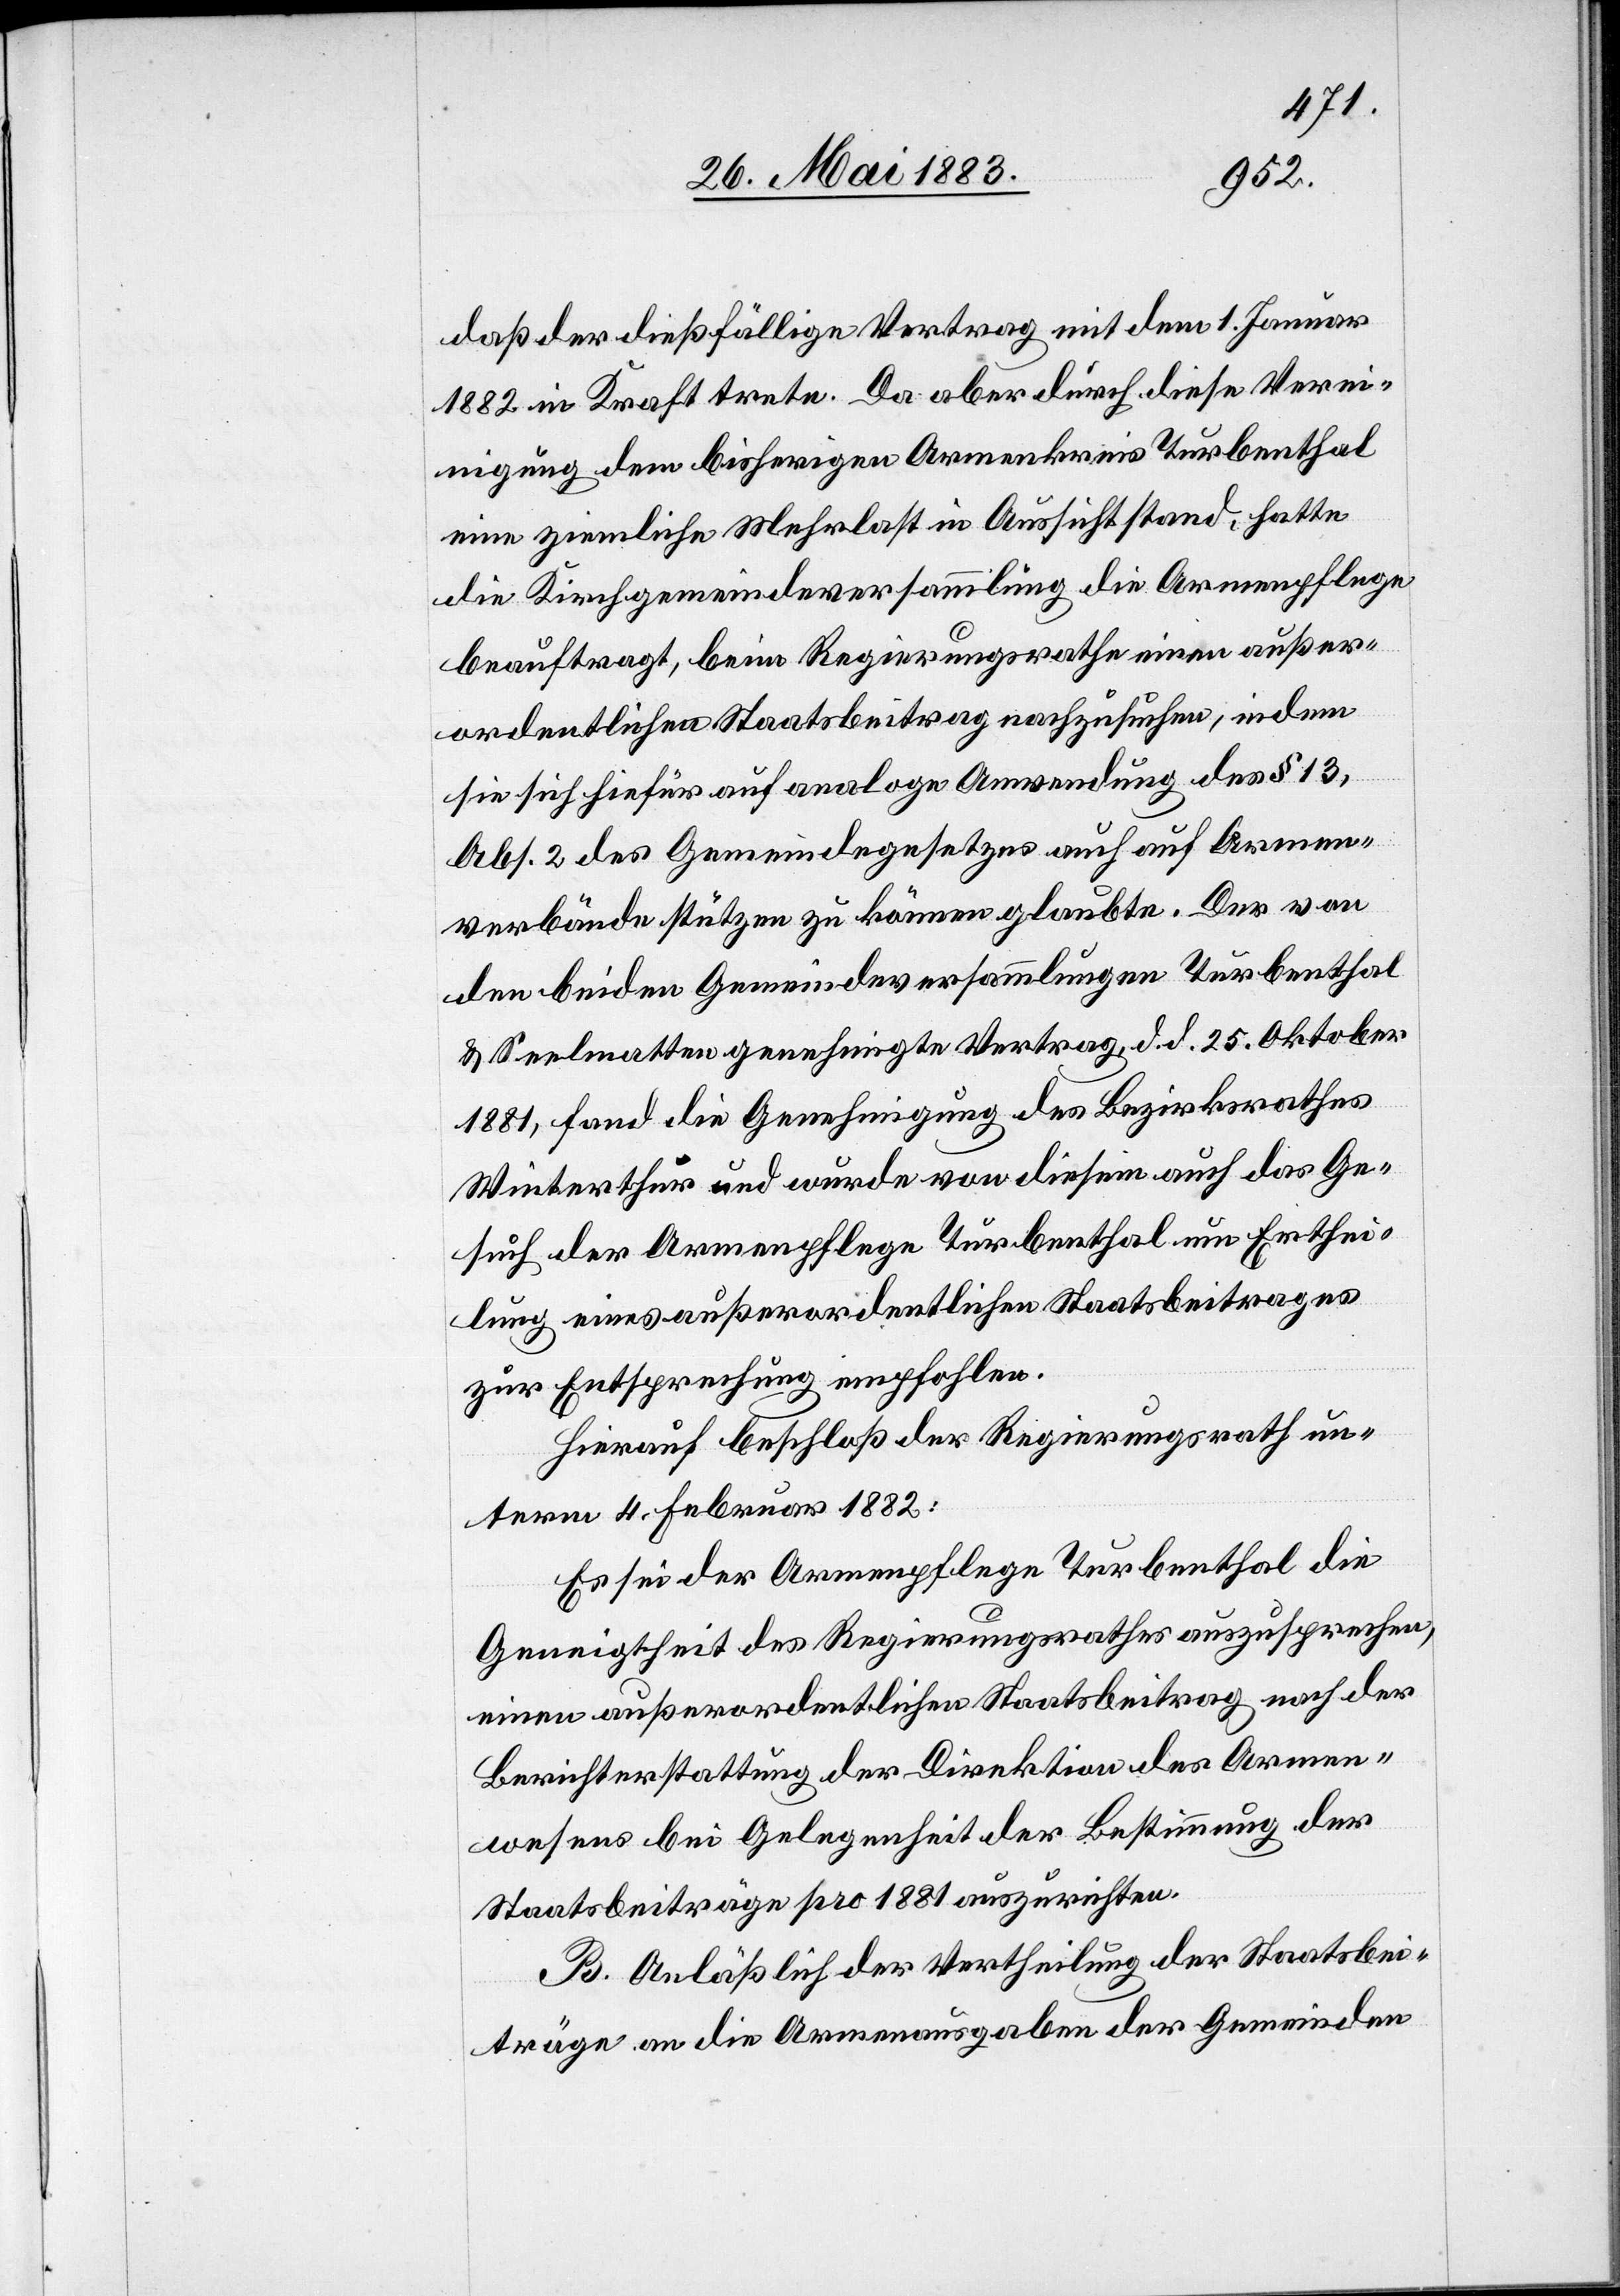
daß der dießfällige Vertrag mit dem 1. Januar
1882 in Kraft trete. Da aber durch diese Verei¬
nigung dem bisherigen Armenkreis Turbenthal
eine ziemliche Mehrlast in Aussicht stand, hatte
die Kirchgemeindeversammlung die Armenpflege
beauftragt, beim Regierungsrathe einen außer¬
ordentlichen Staatsbeitrag nachzusuchen, indem
sie sich hiefür auf analoge Anwendung des § 13,
Abs. 2 des Gemeindegesetzes auch auf Armen¬
verbände stützen zu können glaubte. Der von
den beiden Gemeindeversammlungen Turbenthal
& Seelmatten genehmigte Vertrag, d. d. 25. Oktober
1881, fand die Genehmigung des Bezirksrathes
Winterthur und wurde von diesem auch das Ge¬
such der Armenpflege Turbenthal um Erthei¬
lung eines außerordentlichen Staatsbeitrages
zur Entsprechung empfohlen.
Hierauf beschloß der Regierungsrath un¬
term 4. Februar 1882:
Es sei der Armenpflege Turbenthal die
Geneigtheit des Regierungsrathes auszusprechen,
einen außerordentlichen Staatsbeitrag nach der
Berichterstattung der Direktion des Armen¬
wesens bei Gelegenheit der Bestimmung der
Staatsbeiträge pro 1881 auszurichten.
B. Anläßlich der Vertheilung der Staatsbei¬
träge an die Armenausgaben der Gemeinden